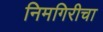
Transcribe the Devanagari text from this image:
निमगिरीचा